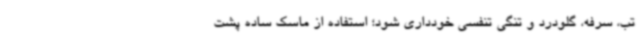
تب، سرفه، گلودرد و تنگی تنفسی خودداری شود؛ استفاده از ماسک ساده پشت